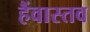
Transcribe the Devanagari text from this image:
हैंवास्तव